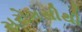
સરોગસીથી